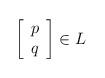
LaTeX: \begin{align*}\left[\begin{array}{c} p\\q\end{array}\right]\in L\end{align*}